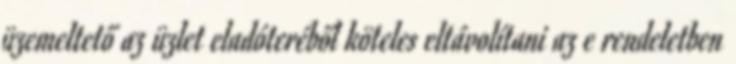
üzemeltető az üzlet eladóteréből köteles eltávolítani az e rendeletben